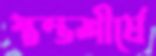
স্তম্ভশীর্ষে